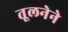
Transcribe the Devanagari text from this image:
तूलनेने